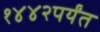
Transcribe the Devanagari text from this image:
१४४२पर्यंत